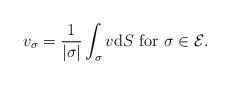
LaTeX: \begin{align*}v_\sigma=\frac 1{|\sigma|}\int_\sigma v{\rm d} S\textrm{ for } \sigma\in {\cal E}.\end{align*}